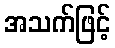
အသက်ဖြင့်